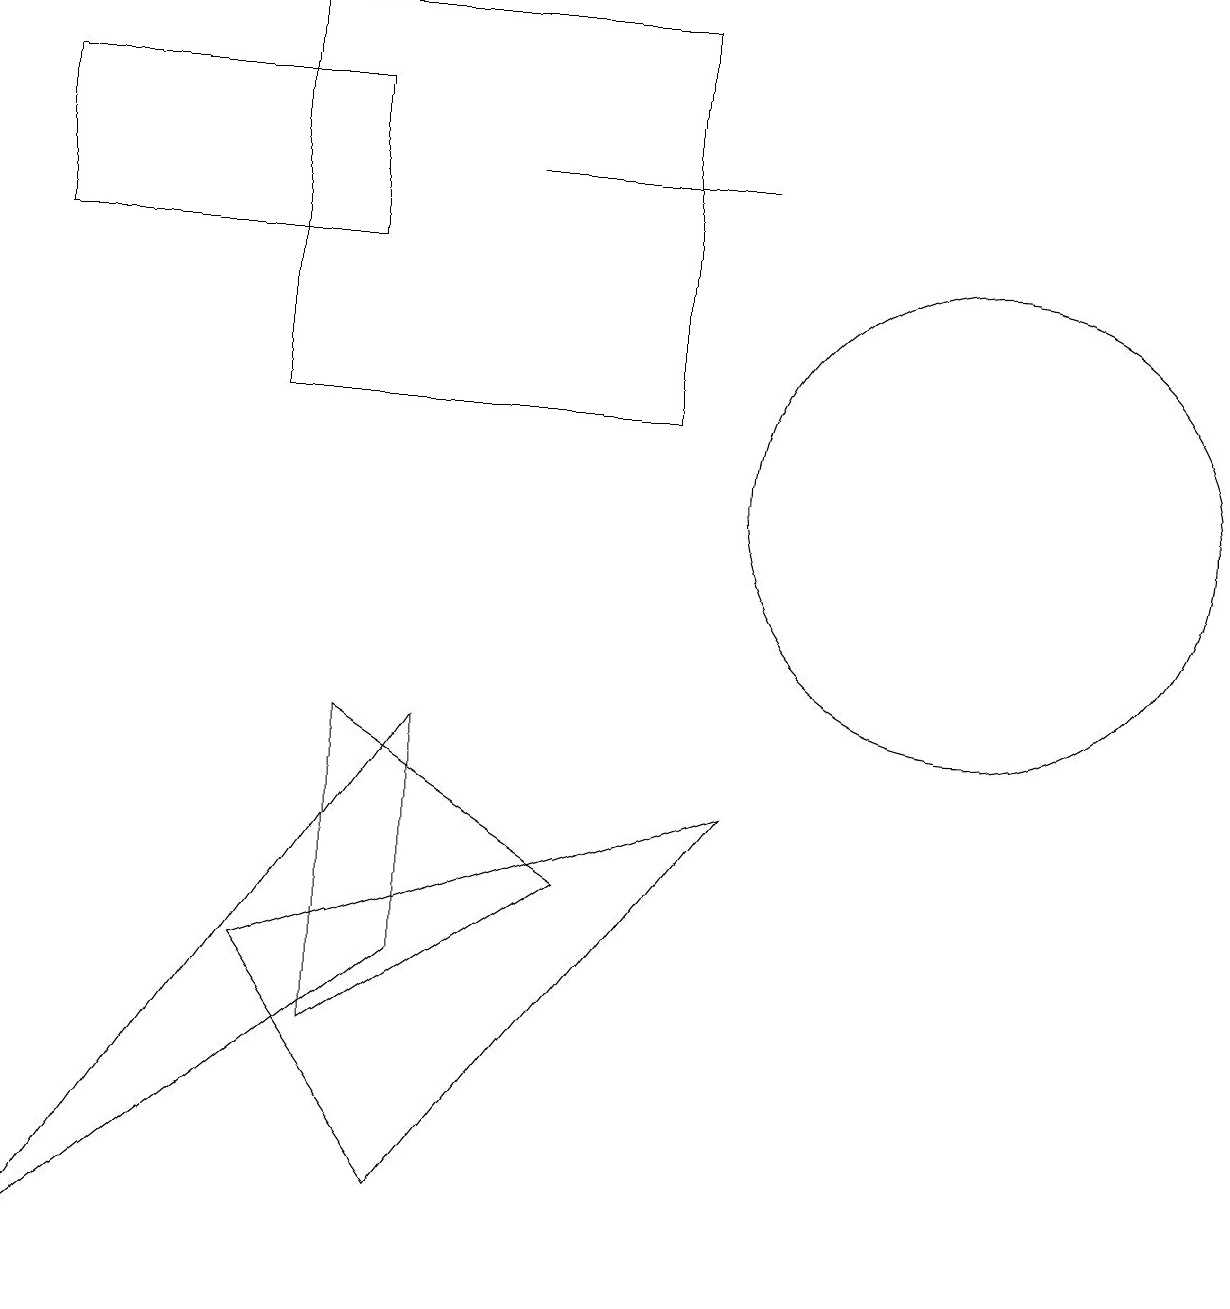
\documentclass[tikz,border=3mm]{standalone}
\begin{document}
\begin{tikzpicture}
\draw (3,16) rectangle (8,11);
\draw (6,14) rectangle (9,14);
\draw (4,13) rectangle (0,15);
\draw (12,10) circle (3);
\draw (10,10) circle (0);
\draw (3,4) -- (5,1) -- (9,6) -- cycle;
\draw (5,4) -- (5,7) -- (0,0) -- cycle;
\draw (4,3) -- (4,7) -- (7,5) -- cycle;
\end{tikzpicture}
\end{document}